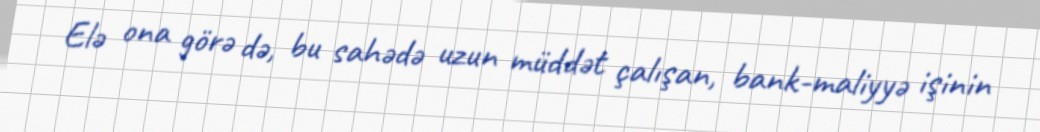
Elə ona görə də, bu sahədə uzun müddət çalışan, bank-maliyyə işinin